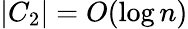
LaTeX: |C_{2}|=O(\log n)